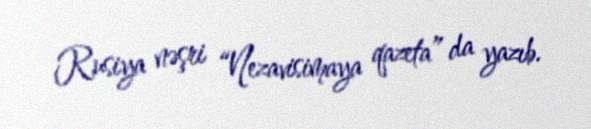
Rusiya nəşri “Nezavisimaya qazeta” da yazıb.